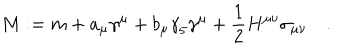
LaTeX: M : = m + a _ { \mu } { \gamma } ^ { \mu } + b _ { \mu } { \gamma } _ { 5 } { \gamma } ^ { \mu } + \frac { 1 } { 2 } H ^ { \mu \nu } { \sigma } _ { \mu \nu } \quad .